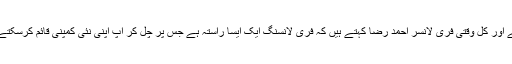
ٹیک ہب کونیکٹ (Tech Hub Connect)میں کام کرنے والے اور کل وقتی فری لانسر احمد رضا کہتے ہیں کہ فری لانسنگ ایک ایسا راستہ ہے جس پر چل کر آپ اپنی نئی کمپنی قائم کرسکتے ہیں اور اپنے کام سے اچھا خاصا معاوضہ حاصل کرسکتے ہیں۔